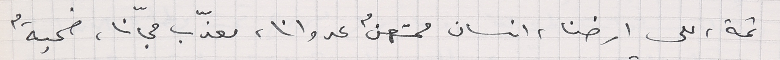
ثمة، على ارضنا، انسان ممتهنٌ عدوانا، معذّب مجّانا، ضحيةٌ